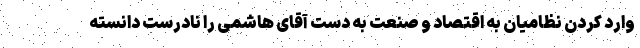
وارد کردن نظامیان به اقتصاد و صنعت به دست آقای هاشمی را نادرست دانسته